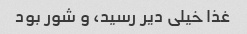
غذا خیلی دیر رسید، و شور بود